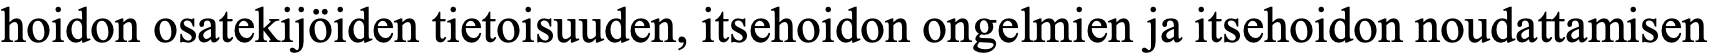
hoidon osatekijöiden tietoisuuden, itsehoidon ongelmien ja itsehoidon noudattamisen